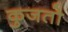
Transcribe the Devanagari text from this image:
कुजतो